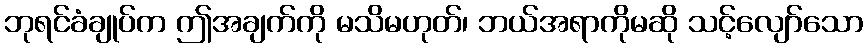
ဘုရင်ခံချုပ်က ဤအချက်ကို မသိမဟုတ်၊ ဘယ်အရာကိုမဆို သင့်လျော်သော